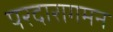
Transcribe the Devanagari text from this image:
परदारागमन